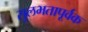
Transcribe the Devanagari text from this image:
सुलभतापूर्वक